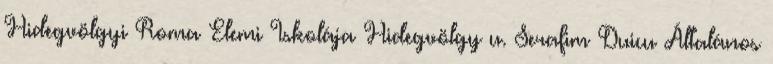
Hidegvölgyi Roma Elemi Iskolája Hidegvölgy u. Serafim Duicu Általános